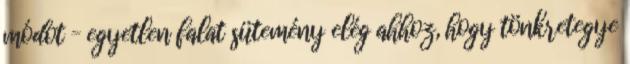
módot – egyetlen falat sütemény elég ahhoz, hogy tönkretegye